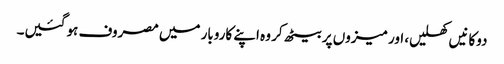
دوکانیں کھلیں، اور میزوں پر بیٹھ کر وہ اپنے کاروبار میں مصروف ہو گئیں۔